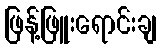
ဖြန့်ဖြူးရောင်းချ